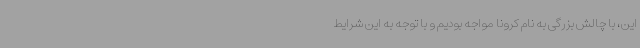
این، با چالش بزرگی به نام کرونا مواجه بودیم و با توجه به این شرایط